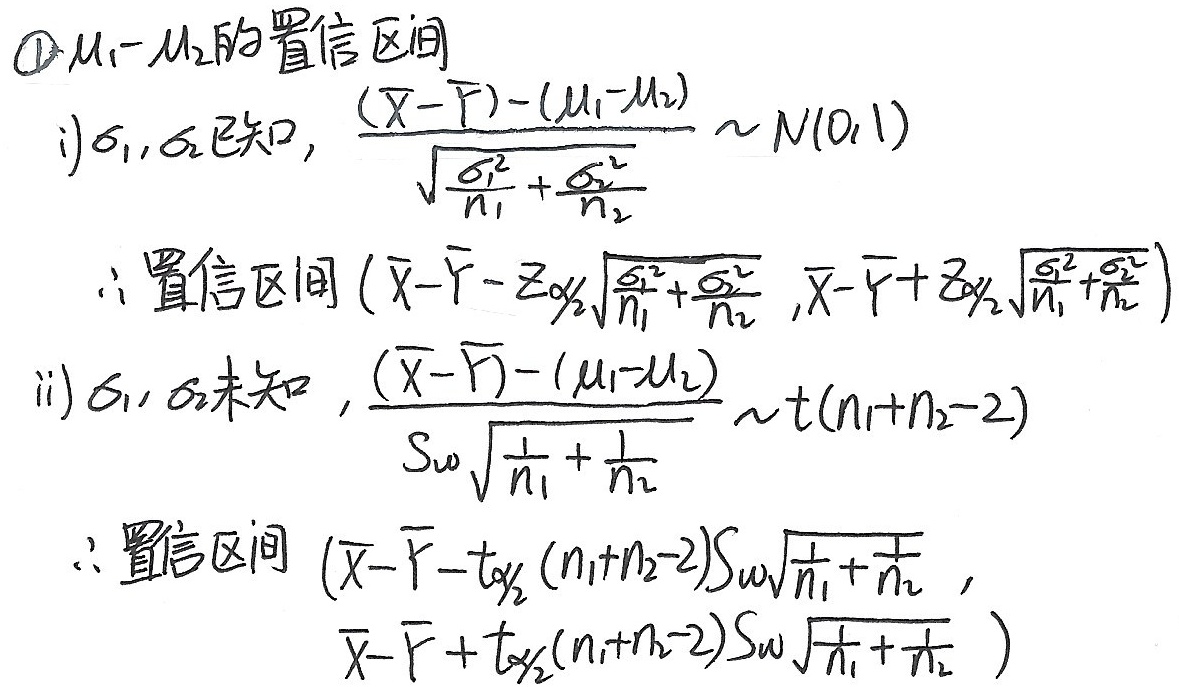
\textcircled{1}\(\mu_1 - \mu_2\)的置信区间
i) \(\sigma_1,\sigma_2\)已知，\(\frac{(\overline{X}-\overline{Y})-(\mu_1 - \mu_2)}{\sqrt{\frac{\sigma_1^{2}}{n_1}+\frac{\sigma_2^{2}}{n_2}}}\sim N(0,1)\)
\(\therefore\)置信区间\((\overline{X}-\overline{Y}-z_{\alpha/2}\sqrt{\frac{\sigma_1^{2}}{n_1}+\frac{\sigma_2^{2}}{n_2}},\overline{X}-\overline{Y}+z_{\alpha/2}\sqrt{\frac{\sigma_1^{2}}{n_1}+\frac{\sigma_2^{2}}{n_2}})\)
ii) \(\sigma_1,\sigma_2\)未知，\(\frac{(\overline{X}-\overline{Y})-(\mu_1 - \mu_2)}{S_w\sqrt{\frac{1}{n_1}+\frac{1}{n_2}}}\sim t(n_1 + n_2 - 2)\)
\(\therefore\)置信区间\((\overline{X}-\overline{Y}-t_{\alpha/2}(n_1 + n_2 - 2)S_w\sqrt{\frac{1}{n_1}+\frac{1}{n_2}},\)
\(\overline{X}-\overline{Y}+t_{\alpha/2}(n_1 + n_2 - 2)S_w\sqrt{\frac{1}{n_1}+\frac{1}{n_2}})\)